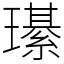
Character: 𤪌